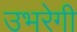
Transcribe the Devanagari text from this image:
उभरेगी